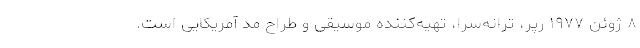
۸ ژوئن ۱۹۷۷ رپر، ترانه‌سرا، تهیه‌کننده موسیقی و طراح مد آمریکایی است.